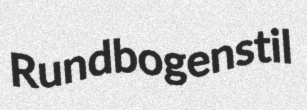
Rundbogenstil